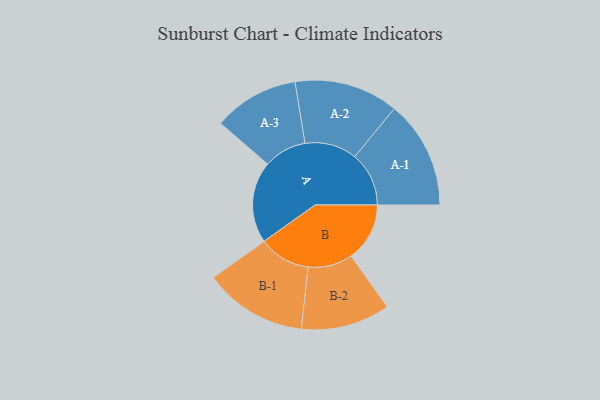
{"axis": {"x": "Segment", "y": "Value"}, "legend": ["", "A", "B"], "data": [{"x": "A", "y": 359, "type": ""}, {"x": "B", "y": 257, "type": ""}, {"x": "A-1", "y": 238, "type": "A"}, {"x": "A-2", "y": 229, "type": "A"}, {"x": "A-3", "y": 188, "type": "A"}, {"x": "B-1", "y": 227, "type": "B"}, {"x": "B-2", "y": 196, "type": "B"}]}